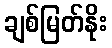
ချစ်မြတ်နိုး